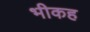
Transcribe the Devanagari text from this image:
भीकह